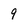
Character: 9